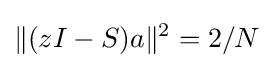
\|(zI-S)a\|^{2}=2/N